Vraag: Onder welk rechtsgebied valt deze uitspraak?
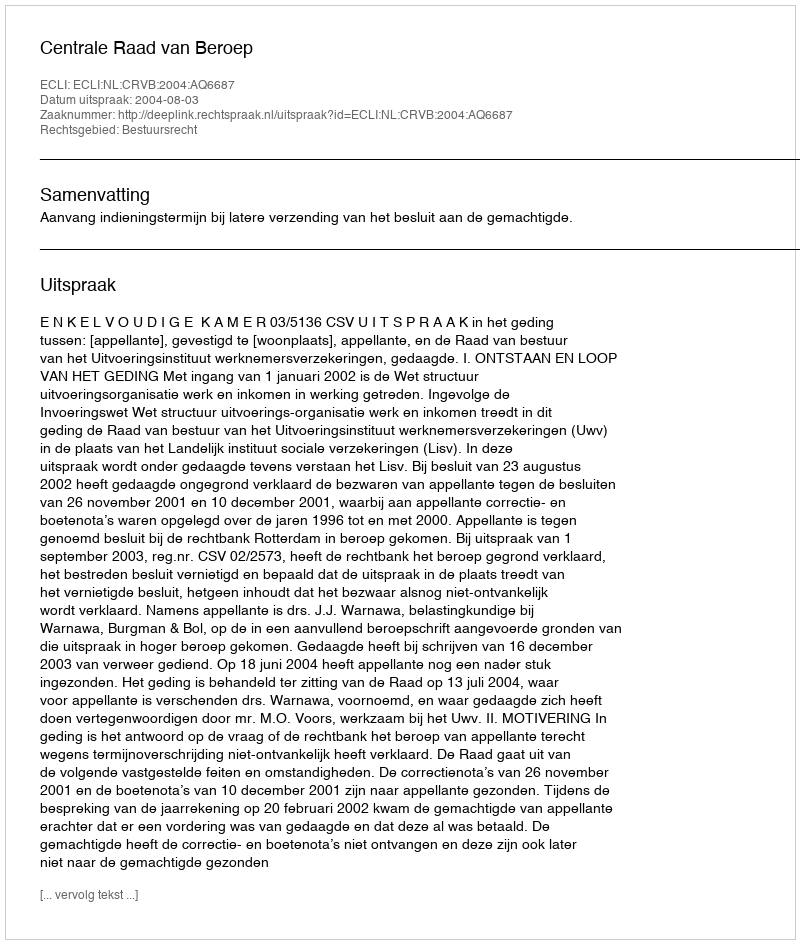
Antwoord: Bestuursrecht